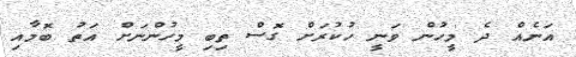
އަނެއް ދެ މީހުން ވަނީ ހުކުރަށް ގޮސް ތިބި މީހުންނަށް އަތު ބޮމާއި